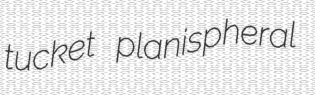
tucket planispheral